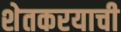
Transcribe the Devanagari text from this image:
शेतकरयाची